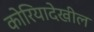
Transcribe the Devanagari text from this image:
कोरियादेखील